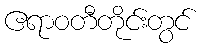
ဧရာဝတီတိုင်းတွင်